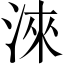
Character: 淶